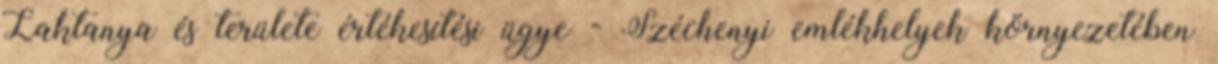
Laktanya és területe értékesítési ügye - Széchenyi emlékhelyek környezetében